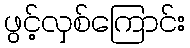
ဖွင့်လှစ်ကြောင်း